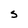
Character: s